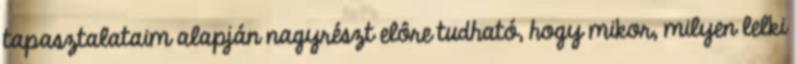
tapasztalataim alapján nagyrészt elôre tudható, hogy mikor, milyen lelki